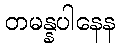
တမန္နပါနေန